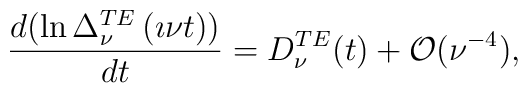
\frac{d( \ln \Delta^{TE}_\nu  \left(\imath \nu t\right))}{d t}  = D_{\nu}^{TE}(t)   + \mathcal{O}(\nu^{-4}),